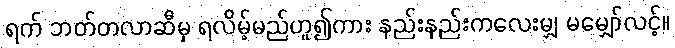
ရက် ဘတ်တလာဆီမှ ရလိမ့်မည်ဟူ၍ကား နည်းနည်းကလေးမျှ မမျှော်လင့်။